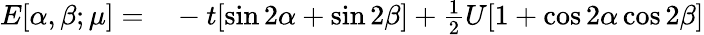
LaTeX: \begin{array}{rl}{E[\alpha,\beta;\mu]=}&{{}-t[\sin 2\alpha+\sin 2\beta]+\frac{1}{2}U[1+\cos 2\alpha\cos 2\beta]}\end{array}